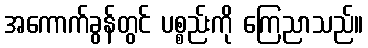
အကောက်ခွန်တွင် ပစ္စည်းကို ကြေညာသည်။